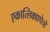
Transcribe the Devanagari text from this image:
एकात्लिक्वापेचो